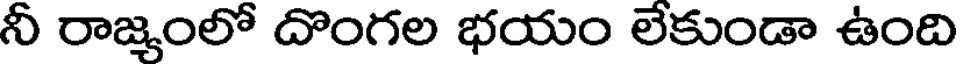
నీ రాజ్యంలో దొంగల భయం లేకుండా ఉంది